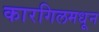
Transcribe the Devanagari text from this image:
कारगिलमधून